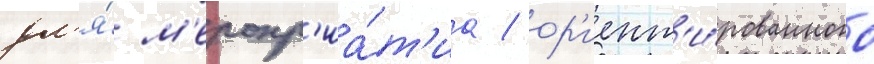
дл'я́ м'еропр'иа́т'иа / ор'иент'и́рованного